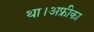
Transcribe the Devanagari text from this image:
था।अफ्रीका